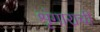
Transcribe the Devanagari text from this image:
शृंगाराची